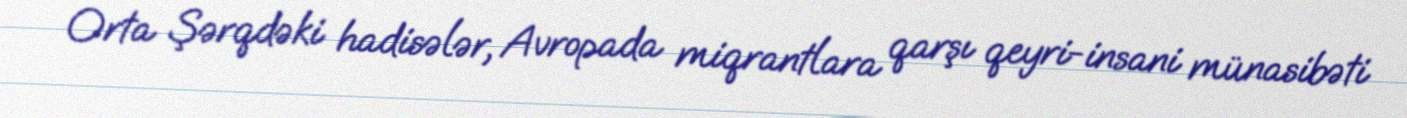
Orta Şərqdəki hadisələr, Avropada miqrantlara qarşı qeyri-insani münasibəti